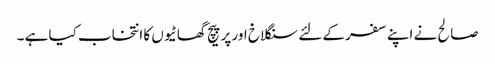
صالح نے اپنے سفر کے لئے سنگلاخ اور پر پیچ گھاٹیوں کا انتخاب کیا ہے ۔